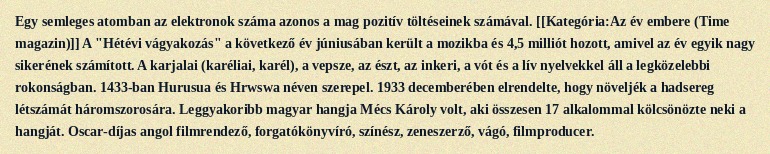
Egy semleges atomban az elektronok száma azonos a mag pozitív töltéseinek számával. [[Kategória:Az év embere (Time magazin)]] A "Hétévi vágyakozás" a következő év júniusában került a mozikba és 4,5 milliót hozott, amivel az év egyik nagy sikerének számított. A karjalai (karéliai, karél), a vepsze, az észt, az inkeri, a vót és a lív nyelvekkel áll a legközelebbi rokonságban. 1433-ban Hurusua és Hrwswa néven szerepel. 1933 decemberében elrendelte, hogy növeljék a hadsereg létszámát háromszorosára. Leggyakoribb magyar hangja Mécs Károly volt, aki összesen 17 alkalommal kölcsönözte neki a hangját. Oscar-díjas angol filmrendező, forgatókönyvíró, színész, zeneszerző, vágó, filmproducer.